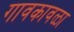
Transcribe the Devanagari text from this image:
गावकावळा